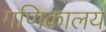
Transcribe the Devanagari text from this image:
गणिकालय